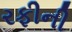
રફીની